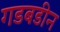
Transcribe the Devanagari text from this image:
गडबडीन